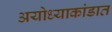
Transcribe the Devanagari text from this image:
अयोध्याकांडात